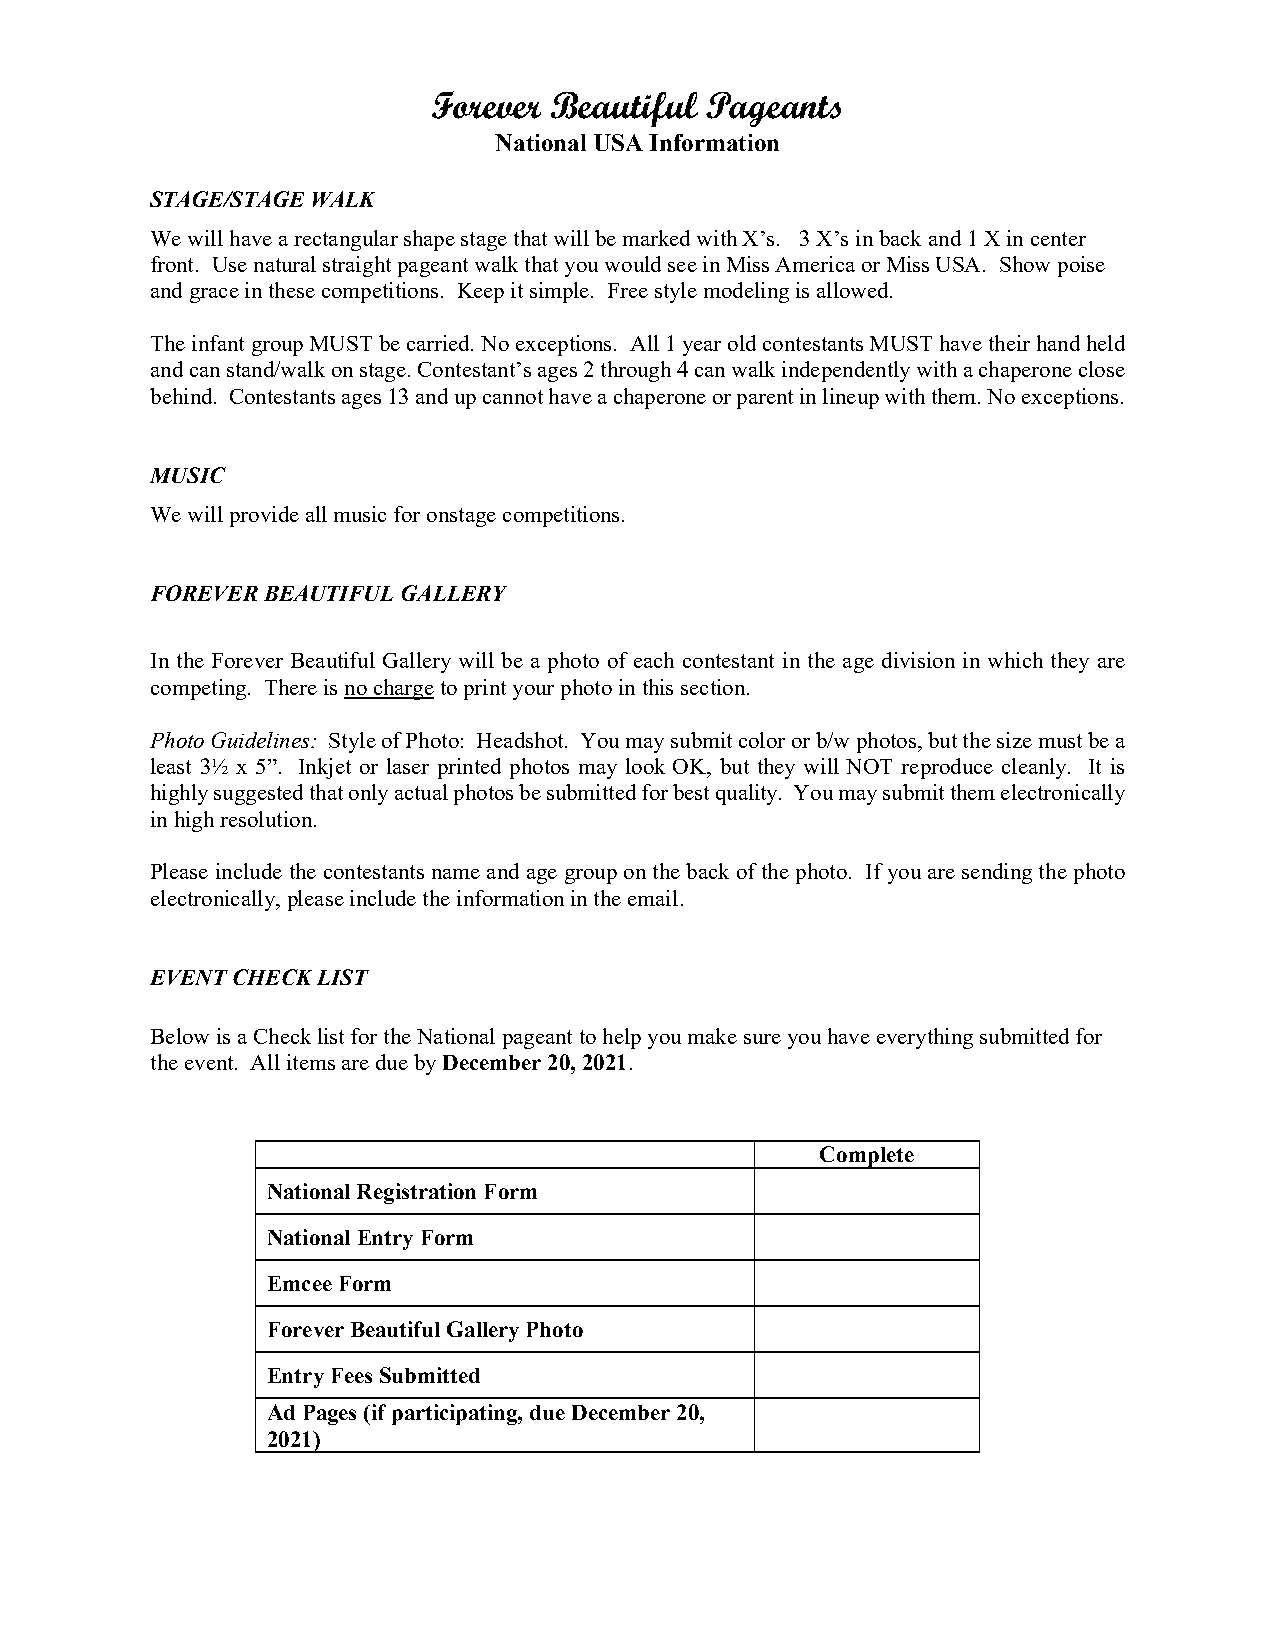
Forever Beautiful Pageants
 National USA Information
 STAGE/STAGE WALK
 We will have a rectangular shape stage that will be marked with X’s. 3 X’s in back and 1 X in center
 front. Use natural straight pageant walk that you would see in Miss America or Miss USA. Show poise
 and grace in these competitions. Keep it simple. Free style modeling is allowed.
 The infant group MUST be carried. No exceptions. All 1 year old contestants MUST have their hand held
 and can stand/walk on stage. Contestant’s ages 2 through 4 can walk independently with a chaperone close
 behind. Contestants ages 13 and up cannot have a chaperone or parent in lineup with them. No exceptions.
 MUSIC
 We will provide all music for onstage competitions.
 FOREVER BEAUTIFUL GALLERY
 In the Forever Beautiful Gallery will be a photo of each contestant in the age division in which they are
 competing. There is no charge to print your photo in this section.
 Photo Guidelines: Style of Photo: Headshot. You may submit color or b/w photos, but the size must be a
 least 3½ x 5”. Inkjet or laser printed photos may look OK, but they will NOT reproduce cleanly. It is
 highly suggested that only actual photos be submitted for best quality. You may submit them electronically
 in high resolution.
 Please include the contestants name and age group on the back of the photo. If you are sending the photo
 electronically, please include the information in the email.
 EVENT CHECK LIST
 Below is a Check list for the National pageant to help you make sure you have everything submitted for
 the event. All items are due by December 20, 2021.
 Complete
 National Registration Form
 National Entry Form
 Emcee Form
 Forever Beautiful Gallery Photo
 Entry Fees Submitted
 Ad Pages (if participating, due December 20,
 2021)